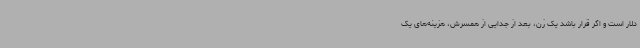
دلار است و اگر قرار باشد یک زن، بعد از جدایی از همسرش، هزینه‌های یک